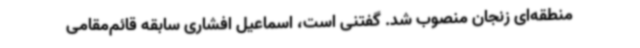
منطقه‌ای زنجان منصوب شد. گفتنی است، اسماعیل افشاری سابقه قائم‌مقامی